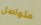
متواصل